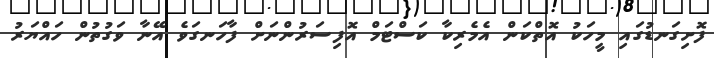
ފޮށިގަނޑުގައި މީހަކު އޮތްކަން އެމެރިކާ ކަސްޓަމް އޮފިސަރުންނަށް ފާހަނގަވެ އޭނާ ވަގުތުން ހައްޔަރު